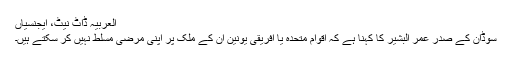
العربیہ ڈاٹ نیٹ، ایجنسیاں
سوڈان کے صدر عمر البشیر کا کہنا ہے کہ اقوام متحدہ یا افریقی یونین ان کے ملک پر اپنی مرضی مسلط نہیں کر سکتے ہیں۔